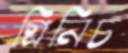
গ্রিনিচ